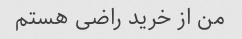
من از خرید راضی هستم